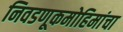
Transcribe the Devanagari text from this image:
निवडणूकमोहिमांचा